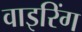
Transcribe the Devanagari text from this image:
वाइरिंग